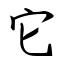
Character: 它